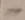
Text: -